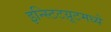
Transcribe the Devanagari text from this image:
इन्स्टिटय़ूटमध्ये